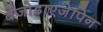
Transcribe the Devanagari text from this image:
बेंजोडाएजेपिन